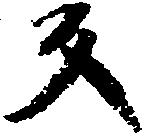
反